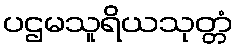
ပဌမသူရိယသုတ္တံ